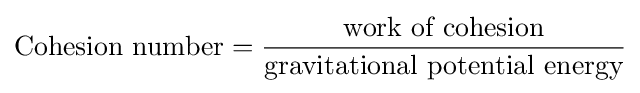
{\text{Cohesion number}}={\frac {\text{work of cohesion}}{\text{gravitational potential energy}}}